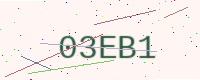
Text: 03EB1